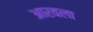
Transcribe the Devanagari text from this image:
आरवला